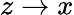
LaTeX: z\rightarrow x